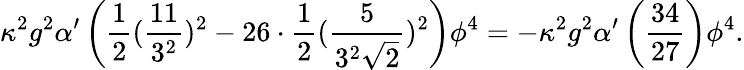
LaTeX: \kappa^{2}g^{2}\alpha^{\prime}\left(\frac{1}{2}(\frac{11}{3^{2}})^{2}-26\cdot\frac{1}{2}(\frac{5}{3^{2}\sqrt{2}})^{2}\right)\phi^{4}=-\kappa^{2}g^{2}\alpha^{\prime}\left(\frac{34}{27}\right)\phi^{4}.